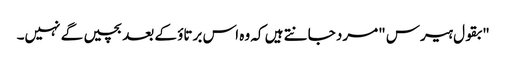
"بقول ہیرس "مرد جانتے ہیں کہ وہ اس برتاؤ کے بعد بچیں گے نہیں۔